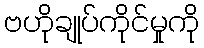
ဗဟိုချုပ်ကိုင်မှုကို